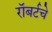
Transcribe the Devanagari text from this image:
रॉबर्टचे